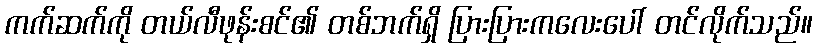
ကက်ဆက်ကို တယ်လီဖုန်းစင်၏ တစ်ဘက်ရှိ ပြားပြားကလေးပေါ် တင်လိုက်သည်။